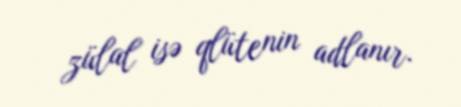
zülal isə qlütenin adlanır.